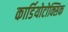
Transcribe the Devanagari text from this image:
कार्डियोटोक्सिक